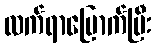
လက်ရာမြောက်ပြီး